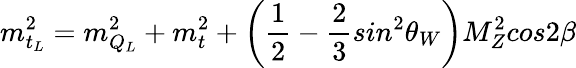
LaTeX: m_{t_{L}}^{2}=m_{Q_{L}}^{2}+m_{t}^{2}+\left({\frac{1}{2}}-{\frac{2}{3}}sin^{2}\theta_{W}\right)M_{Z}^{2}cos2\beta